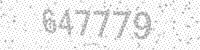
Solution: 647779